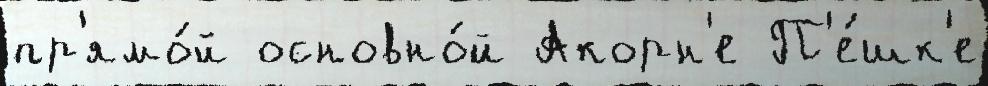
пр'ямо́й основно́й Акорн'е П'е́шк'е